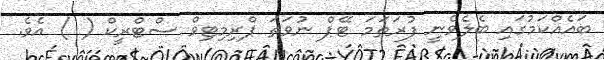
ބައެއްކަމުގައި ބެލެވެނީ ފުރަތަމަ ޓޭޕް ނުވަތަ ޕްރިމިޓިވް ސްޓްރީކް ( ) އެވެ.